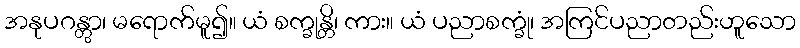
အနုပဂန္တွာ၊ မရောက်မူ၍။ ယံ စက္ခုန္တိ၊ ကား။ ယံ ပညာစက္ခုံ၊ အကြင်ပညာတည်းဟူသော